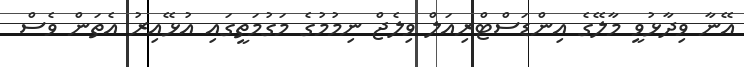
އޭނާ ވިދާޅުވީ މާލޭގެ އިންޑަސްޓްރިއަލް ވިލެޖް ނިމުމުގެ މަގުމަތީގައި އުޅޭއިރު އެތަން ވެސް